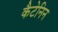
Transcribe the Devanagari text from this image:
कैटेनिन